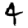
Digit: 4